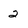
Character: 2